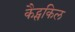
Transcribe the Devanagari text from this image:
कैट्सकिल